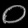
Digit: ၀